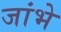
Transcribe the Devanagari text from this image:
जांभे